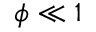
\phi \ll 1